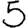
Digit: 5